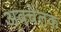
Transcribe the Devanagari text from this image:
अवचेतक